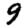
Digit: 9